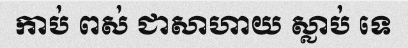
កាប់ ពស់ ជាសាហាយ ស្លាប់ ទេ